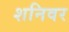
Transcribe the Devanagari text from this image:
शनिवर